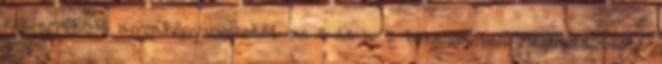
közreműködő anyakönyvvezetőt az 1 és a 2 bekezdésben meghatározott